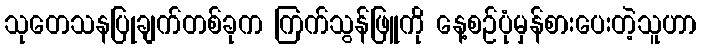
သုတေသနပြုချက်တစ်ခုက ကြက်သွန်ဖြူကို နေ့စဉ်ပုံမှန်စားပေးတဲ့သူဟာ